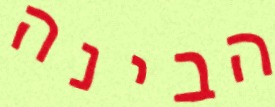
הבינה